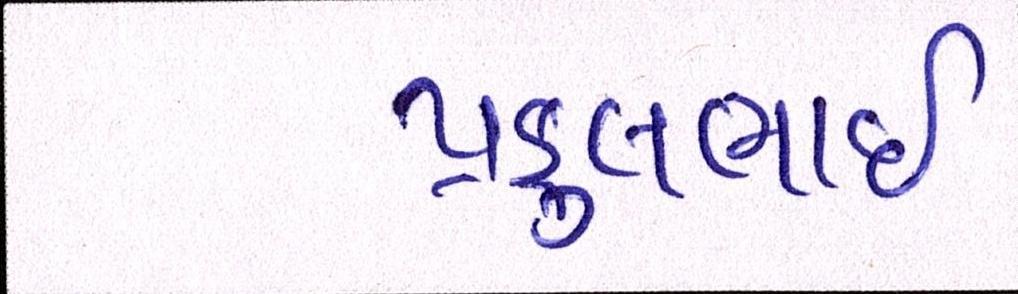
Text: પ્રફુલભાઈ